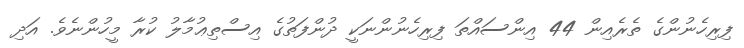
ފިރިހެނުންގެ ތެރެއިން 44 އިންސައްތަ ފިރިހެނުންނަކީ ދުންފަތުގެ އިސްތިޢުމާލު ކުރާ މީހުންނެވެ. އަދި